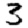
Digit: 3